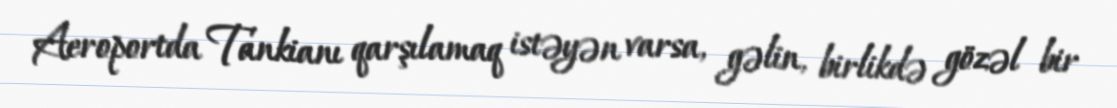
Aeroportda Tankianı qarşılamaq istəyən varsa, gəlin, birlikdə gözəl bir